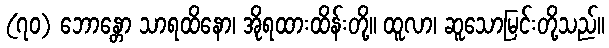
(၇၀) ဘောန္တော သာရထိနော၊ အိုရထားထိန်းတို့။ ထူလာ၊ ဆူသောမြင်းတို့သည်။